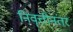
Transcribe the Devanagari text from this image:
निवॄत्तीनंतर